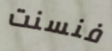
فنسنت